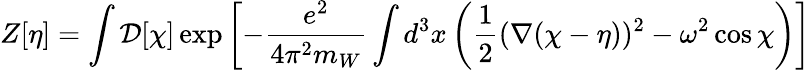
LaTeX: Z[\eta]=\int{\cal D}[\chi]\exp\left[-{\frac{e^{2}}{4\pi^{2}m_{W}}}\int d^{3}x\left({\frac{1}{2}}(\nabla(\chi-\eta))^{2}-\omega^{2}\cos\chi\right)\right]